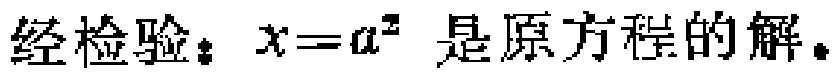
经检验：$x = a^{2}$ 是原方程的解。